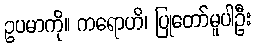
ဥပမာကို။ ကရောဟိ၊ ပြုတော်မူပါဦး